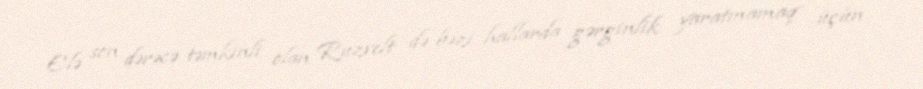
Elə son dərəcə təmkinli olan Ruzvelt də bəzi hallarda gərginlik yaratmamaq üçün